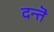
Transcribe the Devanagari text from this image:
दन्तॆ